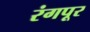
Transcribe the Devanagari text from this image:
रंगपूर